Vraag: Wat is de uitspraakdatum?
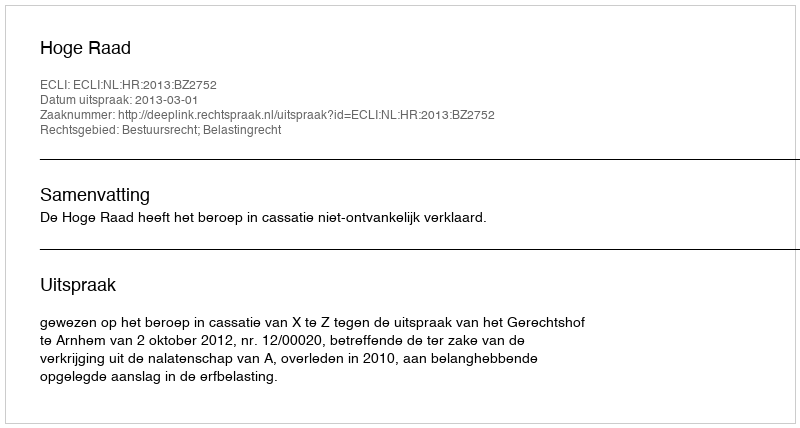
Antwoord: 2013-03-01